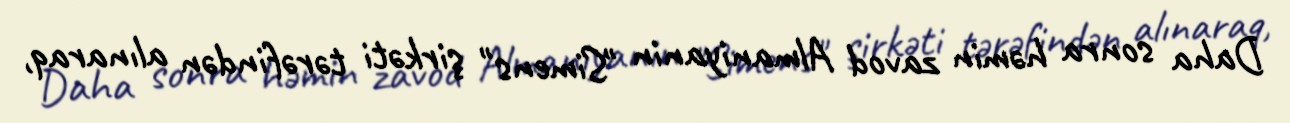
Daha sonra həmin zavod Almaniyanin "Simens" şirkəti tərəfindən alınaraq,